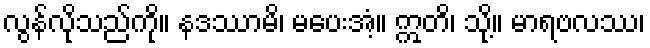
လွန်လိုသည်ကို။ နဒဿာမိ၊ မပေးအံ့။ ဣတိ၊ သို့။ မာရဗလဿ၊